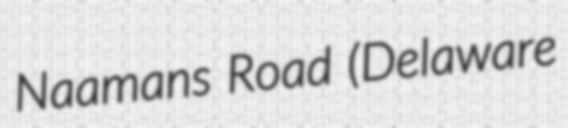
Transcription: Naamans Road (Delaware